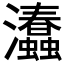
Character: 𤅧